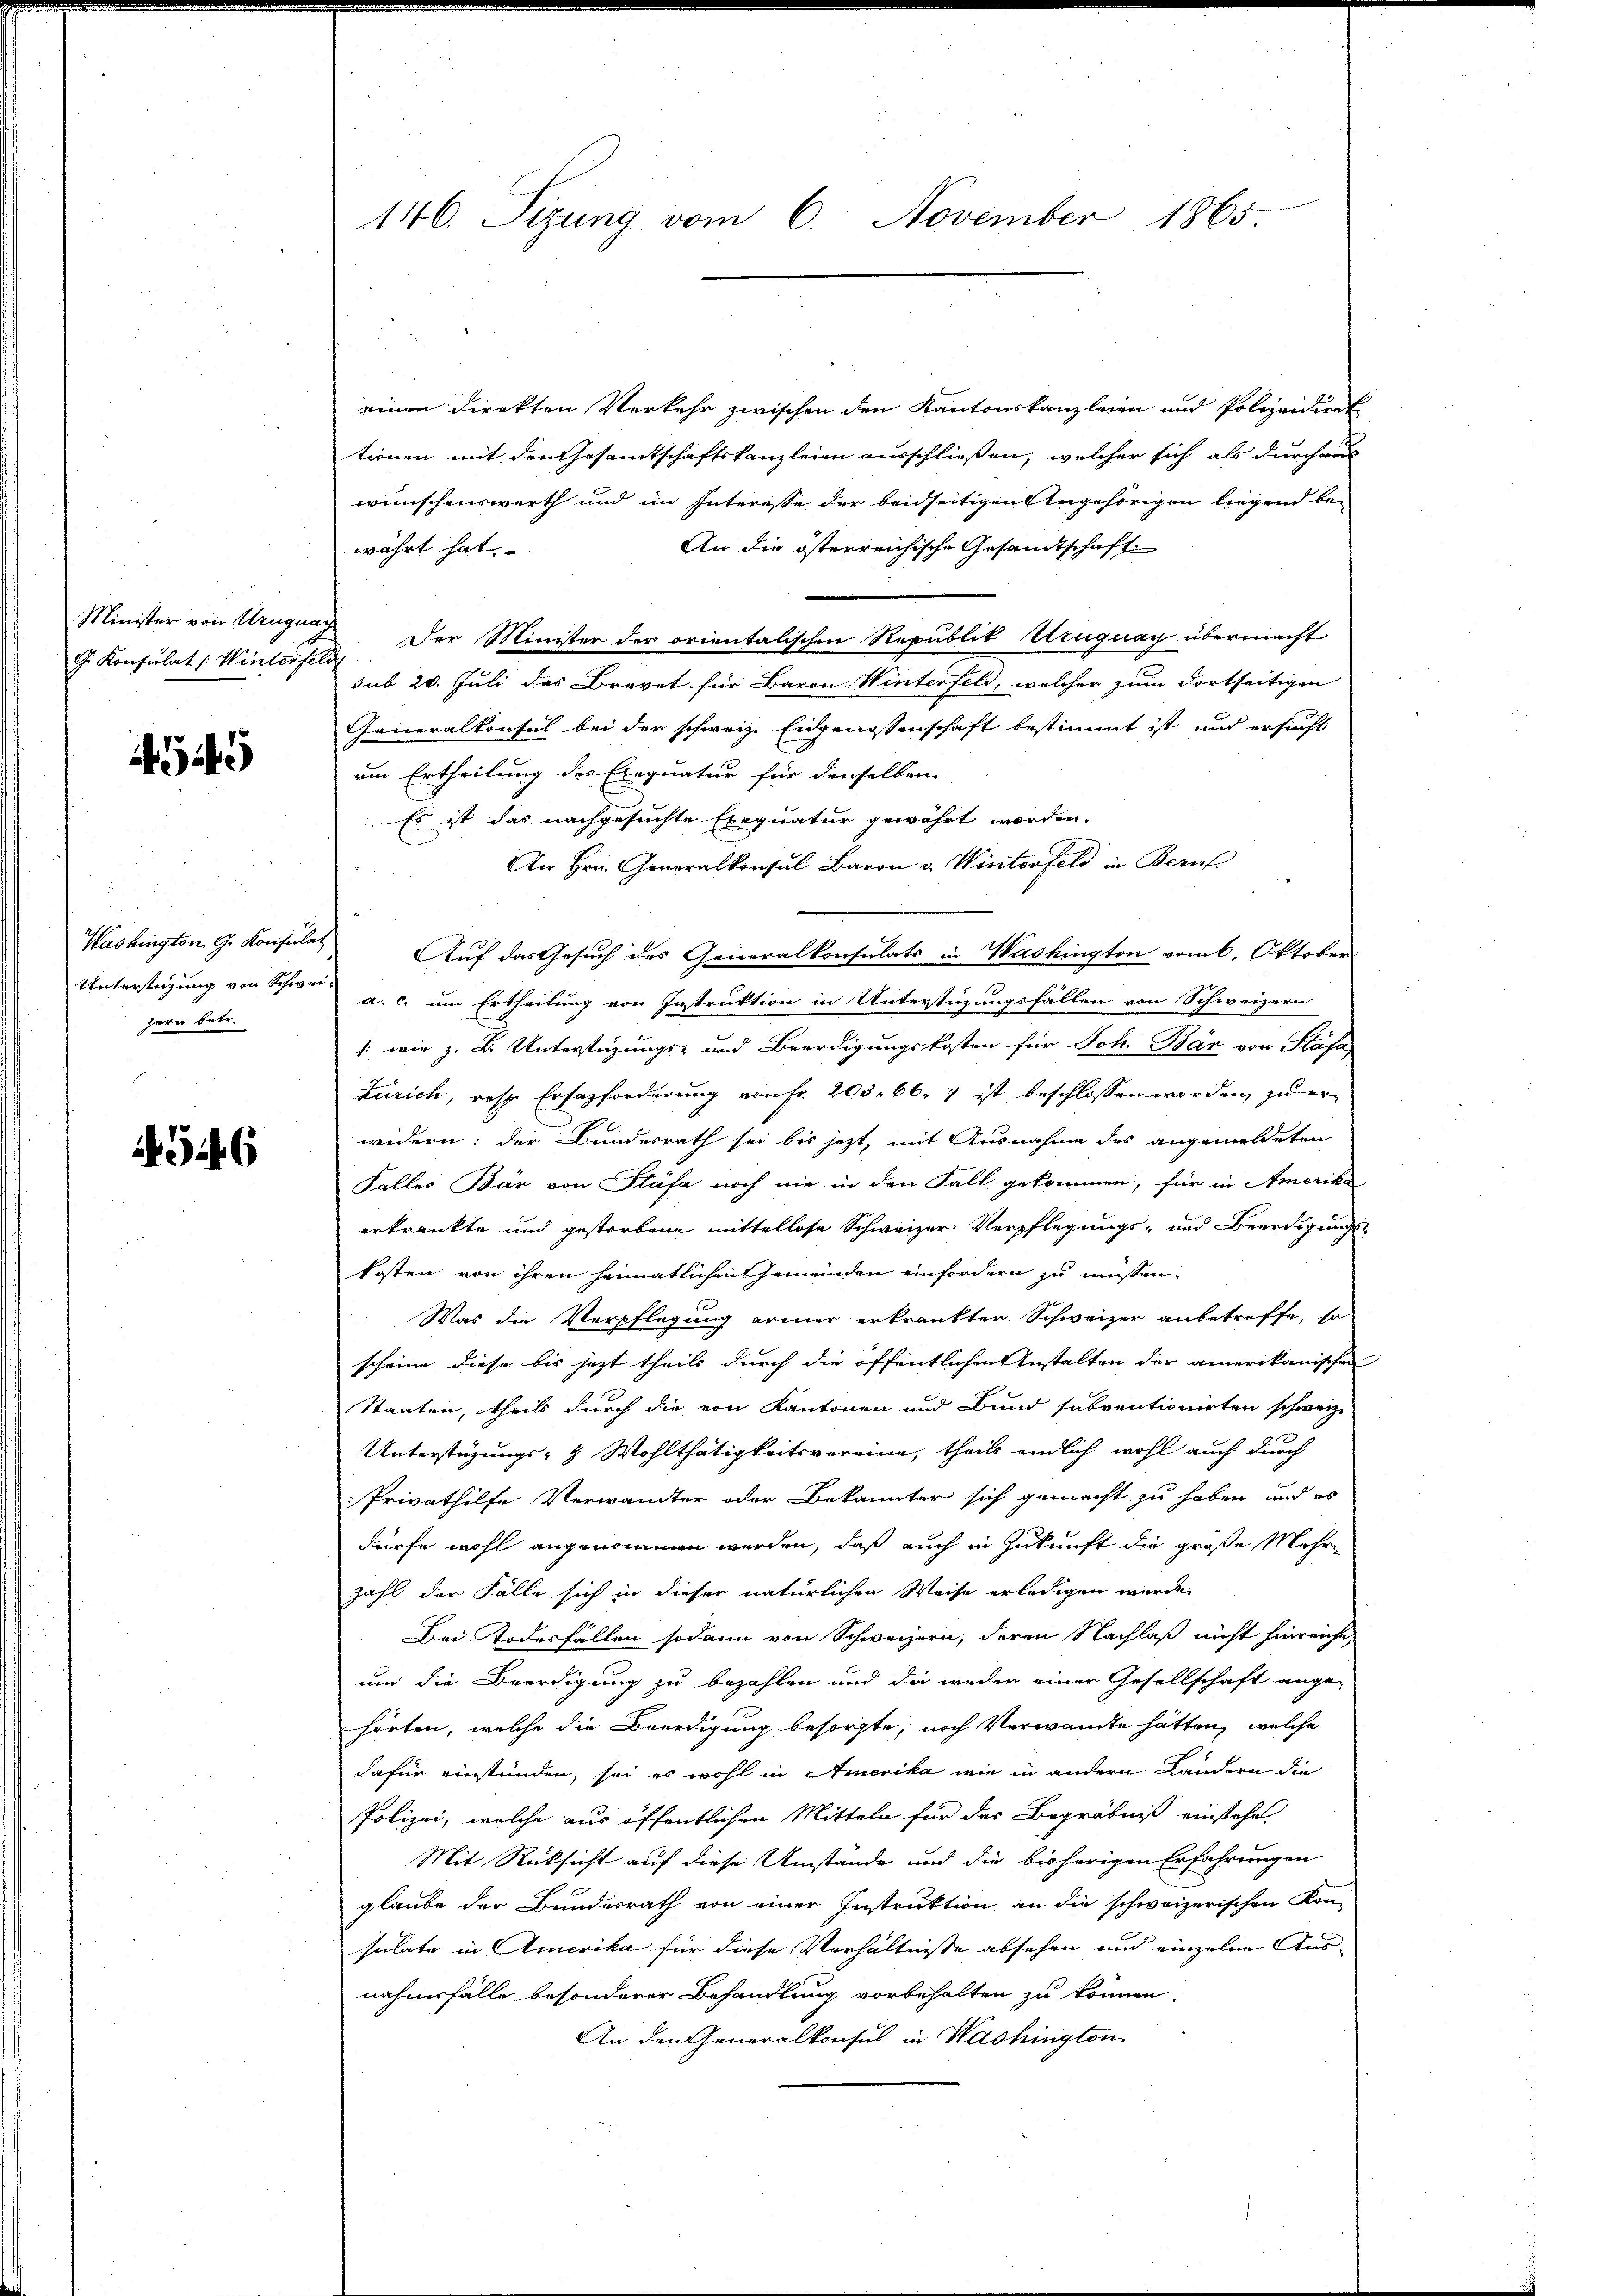
G. Konsulat (Winterfeld

4545

einen direkten Verkehr zwischen den Kantonskanzleien und Polizeidiret
tionen mit den Gesamtschaftskanzleien ausschließen, welcher sich als durchaus
wünschenswerth und im Interesse der beidseitigen Angehörigen liegend be¬
An die österreichische Gesandtschaft
währt hat.
Minister von Urugung der Minister der orientalischen Republik Uruguay übermacht
sub 20. Juli das Brevet für Baron Winterfeld, welcher zum dortseitigen
Generalkonsul bei der schweiz. Eidgenossenschaft bestimmt ist und ersucht
um Ertheilung des Exequatur für denselben
Es ist das nachgesuchte Exequatur gewährt worden.
An Hrn. Generalkonsul Baron v. Winterfeld in Beruf
Washington G. Konsula Auf das Gesuch des Generalkonsulats in Washington vom 6. Oktober
Unterstüzung von Schwer a. c. um Ertheilung von Instruktion in Unterstüzungsfällen von Schweizern
/: wie z. B. Unterstüzungs- und Beerdigungskosten für Joh. Bär von Stäfa
Zürich, resp. Ersatzforderung von Fr. 205. 66, 7 ist beschlossen worden, zu erwidern: der Bundesrath sei bis jetzt, mit Ausnahme des angemeldeten
Faller Bär von Stäfa noch nie in den Fall gekommen, für in Amerika
erkrankte und gestorbene mittellose Schweizer Verpflegungs- und Beerdigungskosten von ihren heimatlichen Gemeinden einfordern zu müssen,
Was die Verpflegung armer erkrankter Schweizer anbetreffe, so
scheine diese bis jetzt theils durch die öffentlichen Anstalten der amerikanischen
Staaten, theils durch die von Kantonen und Bund subventionirten schweiz.
Unterstüzungs- & Wohlthätigkeitsvereine, theils endlich wohl auch durch
Privathilfe Verwandter oder Bekannter sich gemacht zu haben und es
dürfe wohl angenommen werden, daß auch in Zukunft die große Mehrzahl der Fälle sich in dieser natürlichen Weise erledigen wurde.
Bei Todesfällen sodann von Schweizern, deren Nachlaß nicht hinreiche,
um die Beerdigung zu bezahlen und die weder einer Gesellschaft ange-
hörten, welche die Beerdigung besorgte, noch Verwandte hätten, welche
dafür einstunden, sei es wohl in Amerika wie in andern Landern die
Polizei, welche aus öffentlichen Mitteln für der Begräbniß einstehe
Mit Rücksicht auf diese Umstände und die bisherigen Erfahrungen
glaube der Bundesrath von einer Instruktion an die schweizerischen Kon-
sulate in Amerika für diese Verhältnisse absehen und einzelne Aus-
nahmsfälle besonderer Behandlung vorbehalten zu können.
An den Generalkonsuls in Washington

zern betr.

526

146. Sizung vom 6. November 1865